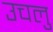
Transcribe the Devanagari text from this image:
उचलु